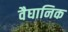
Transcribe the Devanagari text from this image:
वैघानिक